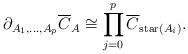
LaTeX: \begin{align*}\partial_{A_1,\dots,A_p}\overline C_A\cong \prod_{j=0}^p \overline C_{\mathrm{star}(A_i)}.\end{align*}